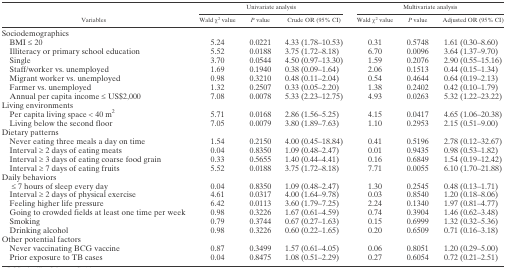
<table><thead><tr><td rowspan="2"><b>Variables</b></td><td colspan="3"><b>Univariate analysis</b></td><td colspan="3"><b>Multivariate analysis</b></td></tr><tr><td><b>Wald χ<sup>2</sup> value</b></td><td><b><i>P</i> value</b></td><td><b>Crude OR (95% CI)</b></td><td><b>Wald χ<sup>2</sup> value</b></td><td><b><i>P</i> value</b></td><td><b>Adjusted OR (95% CI)</b></td></tr></thead><tbody><tr><td colspan="7">Sociodemographics</td></tr><tr><td> BMI ≤ 20</td><td>5.24</td><td>0.0221</td><td>4.33 (1.78–10.53)</td><td>0.31</td><td>0.5748</td><td>1.61 (0.30–8.60)</td></tr><tr><td> Illiteracy or primary school education</td><td>5.52</td><td>0.0188</td><td>3.75 (1.72–8.18)</td><td>6.70</td><td>0.0096</td><td>3.64 (1.37–9.70)</td></tr><tr><td> Single</td><td>3.70</td><td>0.0544</td><td>4.50 (0.97–13.30)</td><td>1.59</td><td>0.2076</td><td>2.90 (0.55–15.16)</td></tr><tr><td> Staff/worker vs. unemployed</td><td>1.69</td><td>0.1940</td><td>0.38 (0.09–1.64)</td><td>2.06</td><td>0.1513</td><td>0.44 (0.15–1.34)</td></tr><tr><td> Migrant worker vs. unemployed</td><td>0.98</td><td>0.3210</td><td>0.48 (0.11–2.04)</td><td>0.54</td><td>0.4644</td><td>0.64 (0.19–2.13)</td></tr><tr><td> Farmer vs. unemployed</td><td>1.32</td><td>0.2507</td><td>0.33 (0.05–2.20)</td><td>1.38</td><td>0.2402</td><td>0.42 (0.10–1.79)</td></tr><tr><td> Annual per capita income ≤ US$2,000</td><td>7.08</td><td>0.0078</td><td>5.33 (2.23–12.75)</td><td>4.93</td><td>0.0263</td><td>5.32 (1.22–23.22)</td></tr><tr><td colspan="7">Living environments</td></tr><tr><td> Per capita living space &lt; 40 m<sup>2</sup></td><td>5.71</td><td>0.0168</td><td>2.86 (1.56–5.25)</td><td>4.15</td><td>0.0417</td><td>4.65 (1.06–20.38)</td></tr><tr><td> Living below the second floor</td><td>7.05</td><td>0.0079</td><td>3.80 (1.89–7.63)</td><td>1.10</td><td>0.2953</td><td>2.15 (0.51–9.00)</td></tr><tr><td colspan="7">Dietary patterns</td></tr><tr><td> Never eating three meals a day on time</td><td>1.54</td><td>0.2150</td><td>4.00 (0.45–18.84)</td><td>0.41</td><td>0.5196</td><td>2.78 (0.12–32.67)</td></tr><tr><td> Interval ≥ 2 days of eating meats</td><td>0.04</td><td>0.8350</td><td>1.09 (0.48–2.47)</td><td>0.01</td><td>0.9435</td><td>0.98 (0.53–1.82)</td></tr><tr><td> Interval ≥ 3 days of eating coarse food grain</td><td>0.33</td><td>0.5655</td><td>1.40 (0.44–4.41)</td><td>0.16</td><td>0.6849</td><td>1.54 (0.19–12.42)</td></tr><tr><td> Interval ≥ 7 days of eating fruits</td><td>5.52</td><td>0.0188</td><td>3.75 (1.72–8.18)</td><td>7.71</td><td>0.0055</td><td>6.10 (1.70–21.88)</td></tr><tr><td colspan="7">Daily behaviors</td></tr><tr><td>≤ 7 hours of sleep every day</td><td>0.04</td><td>0.8350</td><td>1.09 (0.48–2.47)</td><td>1.30</td><td>0.2545</td><td>0.48 (0.13–1.71)</td></tr><tr><td> Interval ≥ 2 days of physical exercise</td><td>4.61</td><td>0.0317</td><td>4.00 (1.64–9.78)</td><td>0.03</td><td>0.8540</td><td>1.20 (0.18–8.06)</td></tr><tr><td> Feeling higher life pressure</td><td>6.42</td><td>0.0113</td><td>3.60 (1.79–7.25)</td><td>2.24</td><td>0.1340</td><td>1.97 (0.81–4.77)</td></tr><tr><td> Going to crowded fields at least one time per week</td><td>0.98</td><td>0.3226</td><td>1.67 (0.61–4.59)</td><td>0.74</td><td>0.3904</td><td>1.46 (0.62–3.48)</td></tr><tr><td> Smoking</td><td>0.79</td><td>0.3744</td><td>0.67 (0.27–1.63)</td><td>0.15</td><td>0.6999</td><td>1.32 (0.32–5.36)</td></tr><tr><td> Drinking alcohol</td><td>0.98</td><td>0.3226</td><td>0.60 (0.22–1.65)</td><td>0.20</td><td>0.6509</td><td>0.71 (0.16–3.18)</td></tr><tr><td colspan="7">Other potential factors</td></tr><tr><td> Never vaccinating BCG vaccine</td><td>0.87</td><td>0.3499</td><td>1.57 (0.61–4.05)</td><td>0.06</td><td>0.8051</td><td>1.20 (0.29–5.00)</td></tr><tr><td> Prior exposure to TB cases</td><td>0.04</td><td>0.8475</td><td>1.08 (0.51–2.29)</td><td>0.27</td><td>0.6054</td><td>0.72 (0.21–2.51)</td></tr></tbody></table>